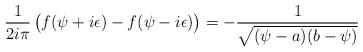
LaTeX: \begin{align*}{1\over 2i\pi} \left(\strut f(\psi + i\epsilon) - f(\psi -i\epsilon)\right) = -{1\over\sqrt{(\psi -a)(b-\psi)}}\end{align*}